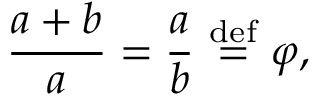
{ \frac { a + b } { a } } = { \frac { a } { b } } \ { \stackrel { \mathrm { d e f } } { = } } \ \varphi ,